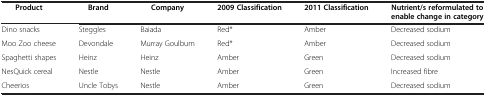
<table><thead><tr><td><b>Product</b></td><td><b>Brand</b></td><td><b>Company</b></td><td><b>2009 Classification</b></td><td><b>2011 Classification</b></td><td><b>Nutrient/s reformulated to enable change in category</b></td></tr></thead><tbody><tr><td>Dino snacks</td><td>Steggles</td><td>Baiada</td><td>Red*</td><td>Amber</td><td>Decreased sodium</td></tr><tr><td>Moo Zoo cheese</td><td>Devondale</td><td>Murray Goulburn</td><td>Red*</td><td>Amber</td><td>Decreased sodium</td></tr><tr><td>Spaghetti shapes</td><td>Heinz</td><td>Heinz</td><td>Amber</td><td>Green</td><td>Decreased sodium</td></tr><tr><td>NesQuick cereal</td><td>Nestle</td><td>Nestle</td><td>Amber</td><td>Green</td><td>Increased fibre</td></tr><tr><td>Cheerios</td><td>Uncle Tobys</td><td>Nestle</td><td>Amber</td><td>Green</td><td>Decreased sodium</td></tr></tbody></table>